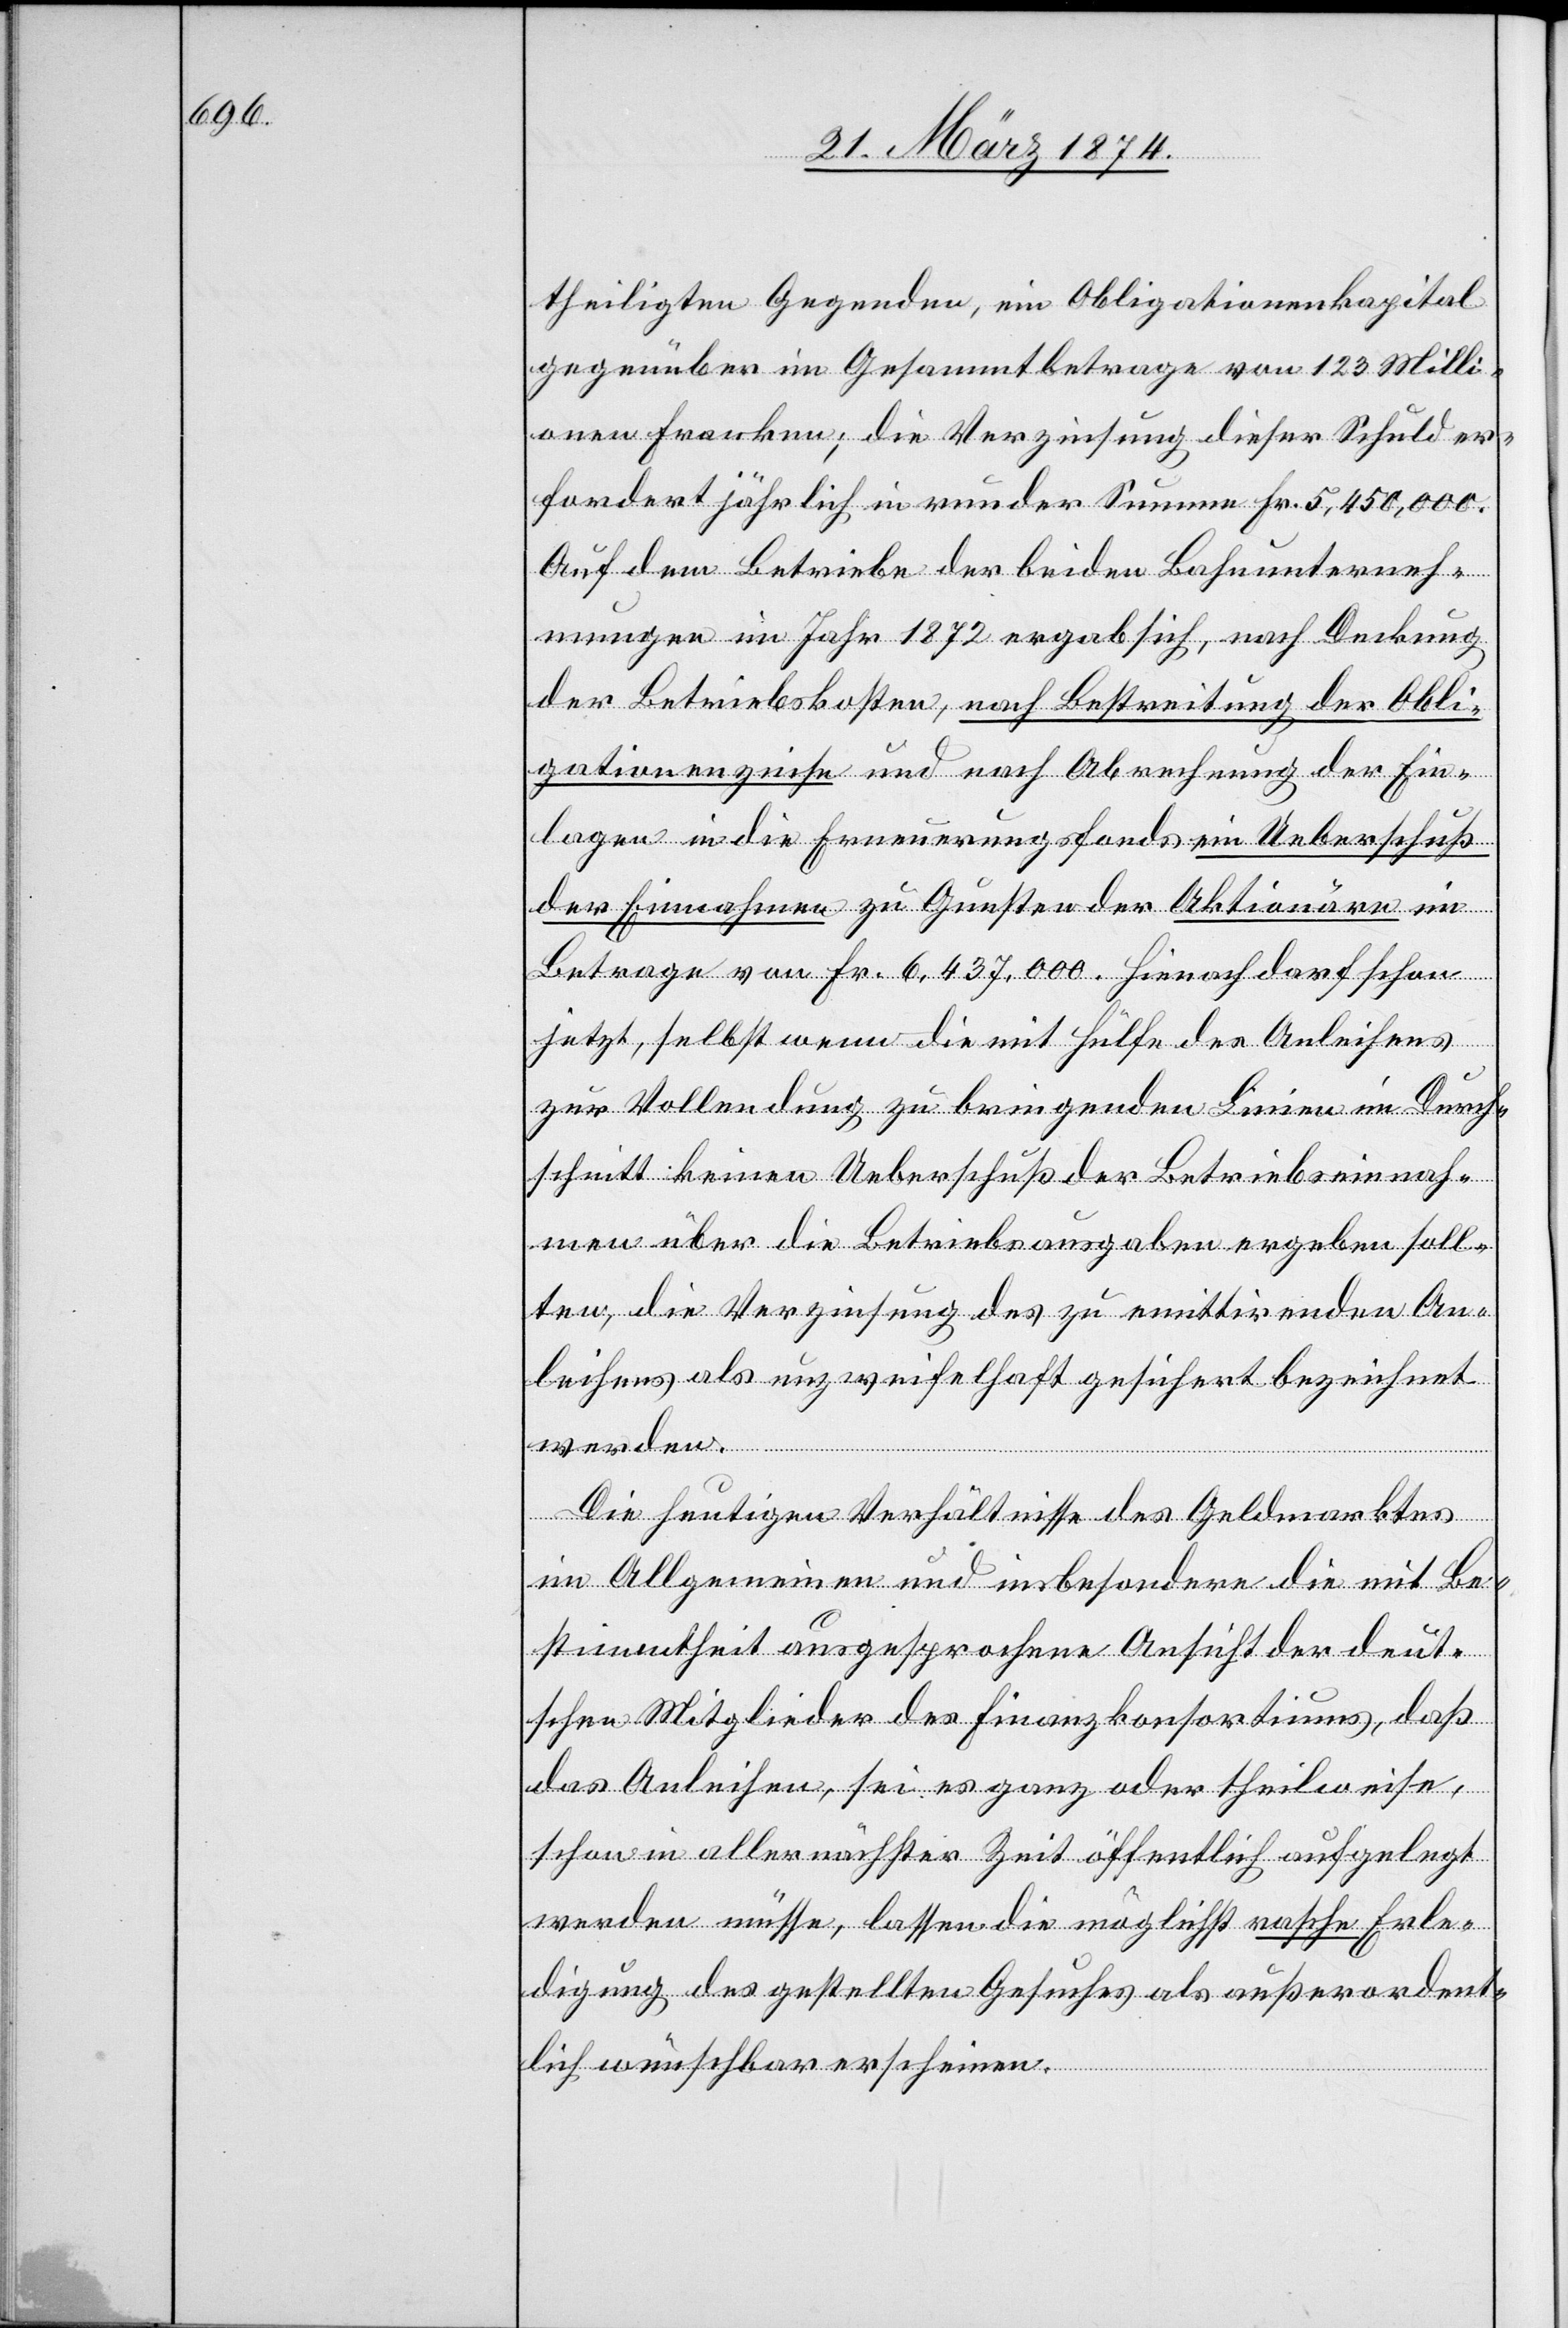
theiligten Gegenden, ein Obligationenkapital
gegenüber im Gesammtbetrage von 123 Milli¬
onen Franken; die Verzinsung dieser Schuld er¬
fordert jährlich in runder Summe Fr. 5,450,000.
Auf dem Betriebe der beiden Bahnunterneh¬
mungen im Jahr 1872 ergab sich, nach Deckung
der Betriebskosten, nach Bestreitung der Obli¬
gationenzinse und nach Abrechnung der Ein¬
lagen in die Erneuerungsfonds ein Ueberschuß
der Einnahmen zu Gunsten der Aktionäre im
Betrage von Fr. 6,437,000. Hienach darf schon
jetzt, selbst wenn die mit Hülfe des Anleihens
zur Vollendung zu bringenden Linien im Durch¬
schnitt keinen Ueberschuß der Betriebseinnah¬
men über die Betriebsausgaben ergeben soll¬
ten, die Verzinsung des zu emittirenden An¬
leihens als unzweifelhaft gesichert bezeichnet
werden.
Die heutigen Verhältnisse des Geldmarktes
im Allgemeinen und insbesondere die mit Be¬
stimmtheit ausgesprochene Ansicht der deut¬
schen Mitglieder des Finanzkonsortiums, daß
das Anleihen, sei es ganz oder theilweise,
schon in aller nächster Zeit öffentlichen aufgelegt
werden müsse, lassen die möglichst rasche Erle¬
digung des gestellten Gesuches als außerordent¬
liche wünschbar erscheinen.